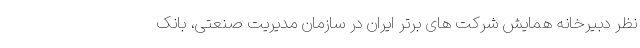
نظر دبیرخانه همایش شرکت های برتر ایران در سازمان مدیریت صنعتی، بانک